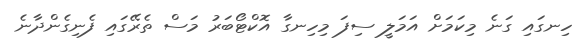
ހިނގައި ގަނެ މިކަމަށް އަމަލީ ސިފަ މިހިނގާ އޮކްޓޯބަރު މަސް ތެރޭގައި ފެނިގެންދާނެ